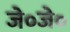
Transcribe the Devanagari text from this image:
जे०जे०